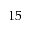
1 5